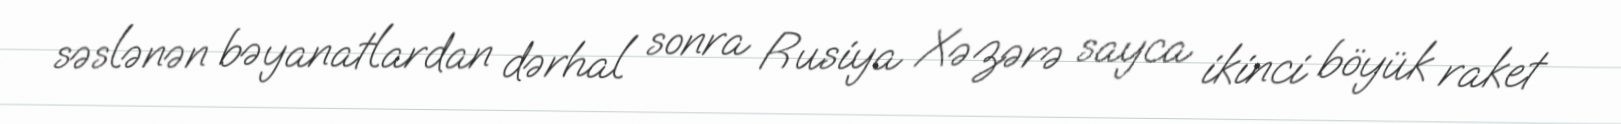
səslənən bəyanatlardan dərhal sonra Rusiya Xəzərə sayca ikinci böyük raket